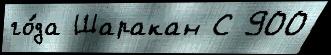
го́да Шаракан С 900